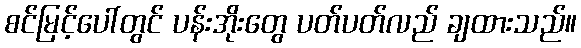
စင်မြင့်ပေါ်တွင် ပန်းအိုးတွေ ပတ်ပတ်လည် ချထားသည်။